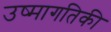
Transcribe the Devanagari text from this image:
उष्‍मागतिकी